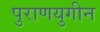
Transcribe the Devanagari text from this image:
पुराणयुगीन